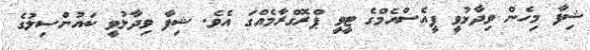
ޝިފާ މިހެން ވިދާޅުވީ ޕީއެސްއެމްގެ ޓީވީ ޕްރޮގްރާމެއްގަ އެވެ. ޝިފާ ވިދާޅުވީ ކައުންސިލުގެ